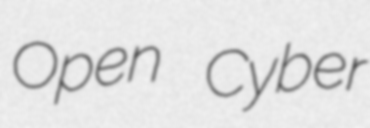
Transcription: Open Cyber